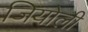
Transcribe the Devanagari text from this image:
जियोली